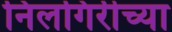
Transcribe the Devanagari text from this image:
निलगिरीच्या